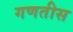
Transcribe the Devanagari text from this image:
गणतीस